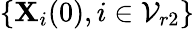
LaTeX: \{ \mathbf{X}_{i}(0),i\in\mathcal{{V}}_{r2}\}